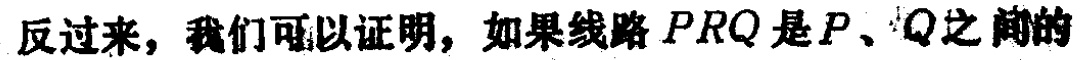
反过来，我们可以证明，如果线路 \(PRQ\) 是 \(P、Q\) 之间的